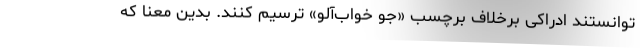
توانستند ادراکی برخلاف برچسب «جو خواب‌آلو» ترسیم کنند. بدین معنا که